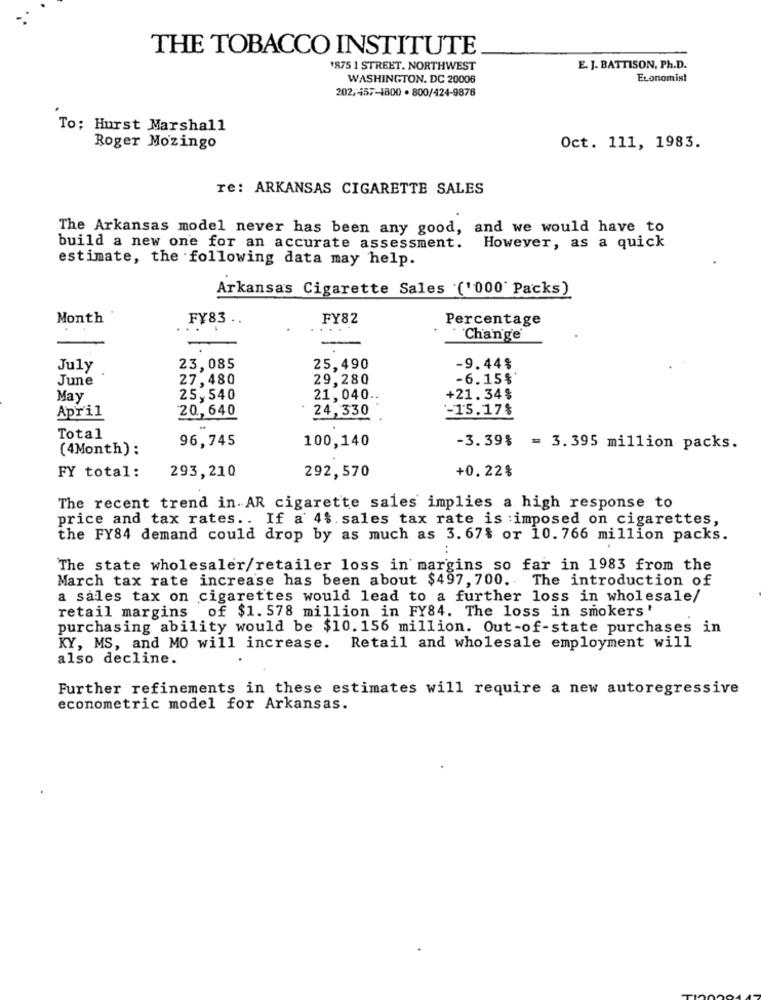
THE TOBACCO INSTITUTE
1875 1 STREET. NORTHWEST
E. J. BATTISON, Ph.D.
WASHINGTON, DC 20008
Economist
202,457-1800 . 800/424-9876
To; Hurst Marshall
Roger Mozingo
Oct. 111, 1983.
re: ARKANSAS CIGARETTE SALES
The Arkansas model never has been any good, and we would have to
build a new one for an accurate assessment.
However, as a quick
estimate, the following data may help.
Arkansas Cigarette Sales ('000' Packs)
Month
FY83 .
FY82
Percentage
....
-
'Change'
July
23,085
25,490
-9.44%
June
27,480
29,280
-6.15%
May
25,540
21,040 ..
+21. 34%
20,640
24,330
-15.17%
April
Total
96,745
100,140
(4Month) :
-3.39% = 3.395 million packs.
FY total:
293,210
292,570
+0. 22%
The recent trend in AR cigarette sales implies a high response to
price and tax rates .. If a 4%. sales tax rate is :imposed on cigarettes,
the FY84 demand could drop by as much as 3. 67% or 10. 766 million packs.
The state wholesaler/retailer loss in margins so far in 1983 from the
March tax rate increase has been about $497, 700. The introduction of
a sales tax on cigarettes would lead to a further loss in wholesale/
retail margins of $1. 578 million in FY84. The loss in smokers'
purchasing ability would be $10. 156 million. Out-of-state purchases in
KY, MS, and MO will increase. Retail and wholesale employment will
also decline.
Further refinements in these estimates will require a new autoregressive
econometric model for Arkansas.